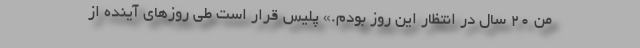
من ۲۰ سال در انتظار این روز بودم.» پلیس قرار است طی روزهای آینده از